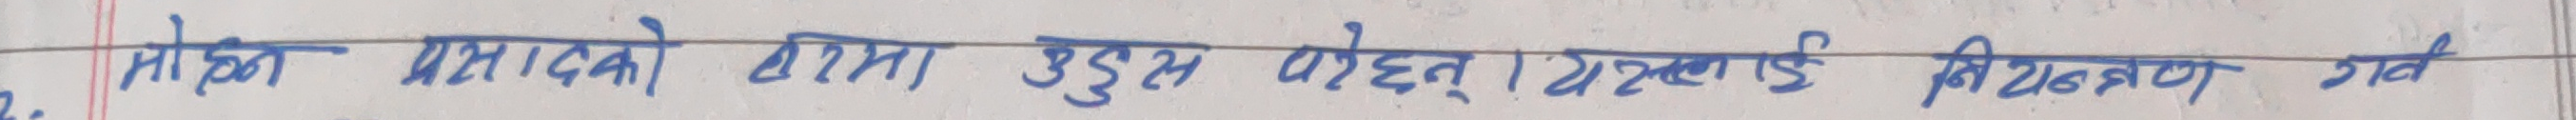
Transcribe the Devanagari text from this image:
मोइन प्रसादको डाटा उडस पोहेन । यस्लाई नियन्त्रण गर्व